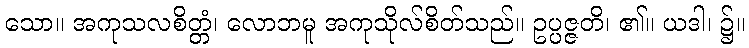
သော။ အကုသလစိတ္တံ၊ လောဘမူ အကုသိုလ်စိတ်သည်။ ဥပ္ပဇ္ဇတိ၊ ၏။ ယဒါ၊ ၌။